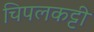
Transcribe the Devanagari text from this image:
चिपलकट्टी